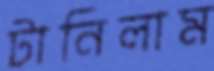
টানিলাম